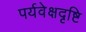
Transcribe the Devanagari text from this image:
पर्यवेक्षदृष्टि